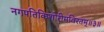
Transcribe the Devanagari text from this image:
नगपतिकिशोरीमविरतम्॥३॥